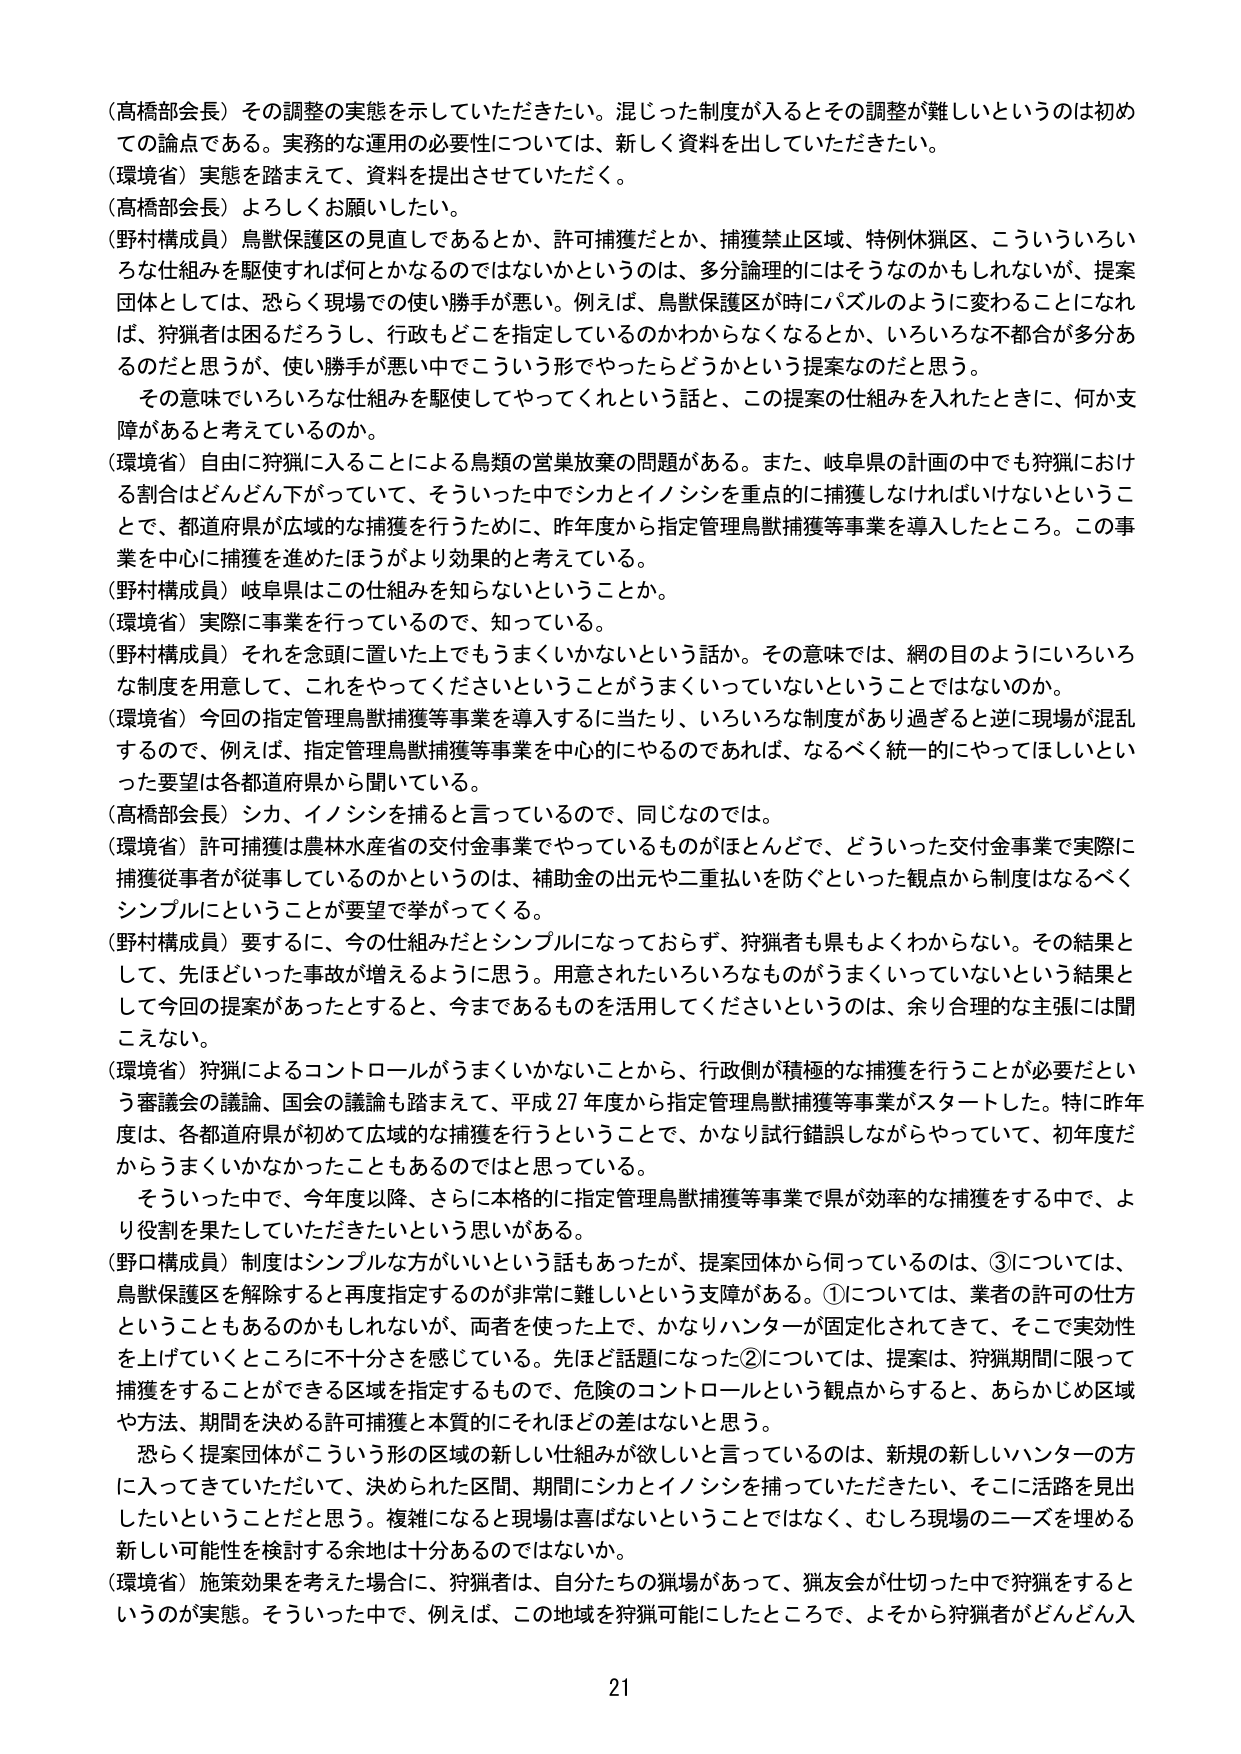
（高橋部会長）その調整の実態を示していただきたい。混じった制度が入るとその調整が難しいというのは初めての論点である。実務的な運用の必要性については、新しく資料を出していただきたい。
（環境省）実態を踏まえて、資料を提出させていただく。
（高橋部会長）よろしくお願いしたい。
（野村構成員）鳥獣保護区の見直しであるとか、許可捕獲だとか、捕獲禁止区域、特例休猟区、こういういろいろな仕組みを駆使すれば何とかなるのではないかというのは、多分論理的にはそうなのかもしれないが、提案団体としては、恐らく現場での使い勝手が悪い。例えば、鳥獣保護区が時にパズルのように変わることになれば、狩猟者は困るだろうし、行政もどこを指定しているのかわからなくなるとか、いろいろな不都合が多分あるのだと思うが、使い勝手が悪い中でこういう形でやったらどうかという提案なのだと思う。
　その意味でいろいろな仕組みを駆使してやってくれという話と、この提案の仕組みを入れたときに、何か支障があると考えているのか。
（環境省）自由に狩猟に入ることによる鳥類の営巣放棄の問題がある。また、岐阜県の計画の中でも狩猟における割合はどんどん下がっていて、そういった中でシカとイノシシを重点的に捕獲しなければいけないということで、都道府県が広域的な捕獲を行うために、昨年度から指定管理鳥獣捕獲等事業を導入したところ。この事業を中心に捕獲を進めたほうがより効果的と考えている。
（野村構成員）岐阜県はこの仕組みを知らないということか。
（環境省）実際に事業を行っているので、知っている。
（野村構成員）それを念頭に置いた上でもうまくいかないという話か。その意味では、網の目のようにいろいろな制度を用意して、これをやってくださいということがうまくいっていないということではないのか。
（環境省）今回の指定管理鳥獣捕獲等事業を導入するに当たり、いろいろな制度があり過ぎると逆に現場が混乱するので、例えば、指定管理鳥獣捕獲等事業を中心的にやるのであれば、なるべく統一的にやってほしいといった要望は各都道府県から聞いている。
（高橋部会長）シカ、イノシシを捕ると言っているので、同じなのでは。
（環境省）許可捕獲は農林水産省の交付金事業でやっているものがほとんどで、どういった交付金事業で実際に捕獲従事者が従事しているのかというのは、補助金の出元や二重払いを防ぐといった観点から制度はなるべくシンプルにということが要望で挙がってくる。
（野村構成員）要するに、今の仕組みだとシンプルになっておらず、狩猟者も県もよくわからない。その結果として、先ほどいった事故が増えるように思う。用意されたいろいろなものがうまくいっていないという結果として今回の提案があったとすると、今まであるものを活用してくださいというのは、余り合理的な主張には聞こえない。
（環境省）狩猟によるコントロールがうまくいかないことから、行政側が積極的な捕獲を行うことが必要だという審議会の議論、国会の議論も踏まえて、平成27年度から指定管理鳥獣捕獲等事業がスタートした。特に昨年度は、各都道府県が初めて広域的な捕獲を行うということで、かなり試行錯誤しながらやっていて、初年度だからうまくいかなかったこともあるのではと思っている。
　そういった中で、今年度以降、さらに本格的に指定管理鳥獣捕獲等事業で県が効率的な捕獲をする中で、より役割を果たしていただきたいという思いがある。
（野口構成員）制度はシンプルな方がいいという話もあったが、提案団体から伺っているのは、③については、鳥獣保護区を解除すると再度指定するのが非常に難しいという支障がある。①については、業者の許可の仕方ということもあるのかもしれないが、両者を使っただけで、かなりハンターが固定化されてきて、そこで実効性を上げていくところに不十分さを感じている。先ほど話題になった②については、提案は、狩猟期間に限って捕獲をすることができる区域を指定するもので、危険のコントロールという観点からすると、あらかじめ区域や方法、期間を決める許可捕獲と本質的にそれほどの差はないと思う。
　恐らく提案団体がこういう形の区域の新しい仕組みが欲しいと言っているのは、新規の新しいハンターの方に入ってきていただいて、決められた区間、期間にシカとイノシシを捕っていただきたい、そこに活路を見出したいということだと思う。複雑になると現場は喜ばないということではなく、むしろ現場のニーズを埋める新しい可能性を検討する余地は十分あるのではないか。
（環境省）施策効果を考えた場合に、狩猟者は、自分たちの猟場があって、猟友会が仕切った中で狩猟をするというのが実態。そういった中で、例えば、この地域を狩猟可能にしたところで、よそから狩猟者がどんどん入
21